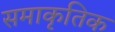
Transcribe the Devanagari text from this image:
समाकृतिक